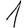
Digit: 1